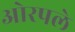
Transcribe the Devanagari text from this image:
ओरपले